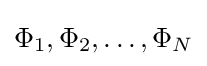
\Phi _{1},\Phi _{2},\dots ,\Phi _{N}